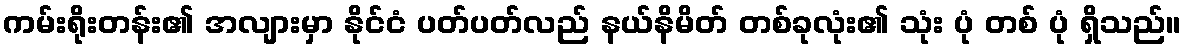
ကမ်းရိုးတန်း၏ အလျားမှာ နိုင်ငံ ပတ်ပတ်လည် နယ်နိမိတ် တစ်ခုလုံး၏ သုံး ပုံ တစ် ပုံ ရှိသည်။